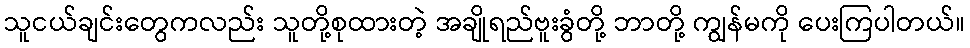
သူငယ်ချင်းတွေကလည်း သူတို့စုထားတဲ့ အချိုရည်ဗူးခွံတို့ ဘာတို့ ကျွန်မကို ပေးကြပါတယ်။